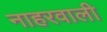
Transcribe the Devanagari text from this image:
नाहरवाली